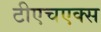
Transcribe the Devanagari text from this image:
टीएचएक्स